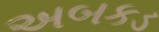
અબકડ